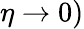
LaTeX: \eta\rightarrow 0)